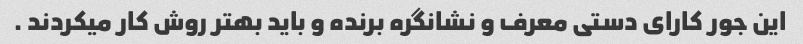
این جور کارای دستی معرف و نشانگره برنده و باید بهتر روش کار میکردند .